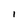
Character: 1